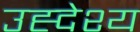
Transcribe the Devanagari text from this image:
उह्देश्य